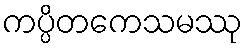
ကပ္ပိတကေသမဿု